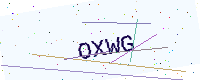
Text: OXWG